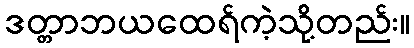
ဒတ္တာဘယထေရ်ကဲ့သို့တည်း။